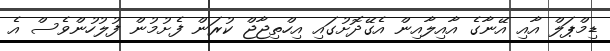
ޑިމްޕަލް އާއި އޭނާގެ އާއިލާއިން އެގޭދޮށުގައި އިހްތިޖާޖް ކުރަން ފެށުމުން ފުލުހުންވެސް އެ